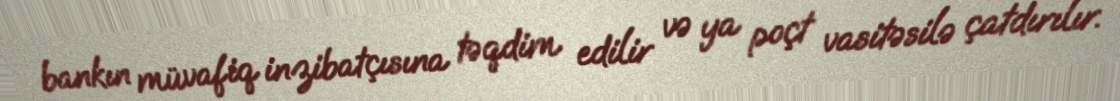
bankın müvafiq inzibatçısına təqdim edilir və ya poçt vasitəsilə çatdırılır.